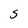
Character: S